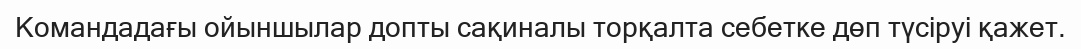
Командадағы ойыншылар допты сақиналы торқалта себетке дөп түсіруі қажет.